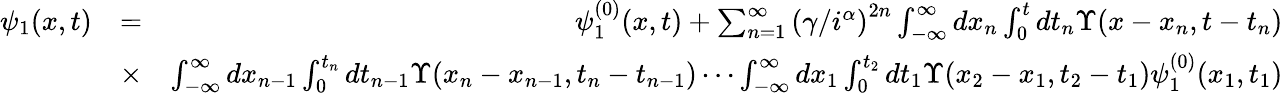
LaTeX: \begin{array}{rlr}{\psi_{1}(x,t)}&{=}&{\psi_{1}^{(0)}(x,t)+\sum_{n=1}^{\infty}\left(\gamma/i^{\alpha}\right)^{2n}\int_{-\infty}^{\infty}dx_{n}\int_{0}^{t}dt_{n}{\Upsilon}(x-x_{n},t-t_{n})}\\ &{\times}&{\int_{-\infty}^{\infty}dx_{n-1}\int_{0}^{t_{n}}dt_{n-1}{\Upsilon}(x_{n}-x_{n-1},t_{n}-t_{n-1})\cdots\int_{-\infty}^{\infty}dx_{1}\int_{0}^{t_{2}}dt_{1}{\Upsilon}(x_{2}-x_{1},t_{2}-t_{1})\psi_{1}^{(0)}(x_{1},t_{1})}\end{array}